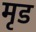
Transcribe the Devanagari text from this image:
मृड